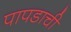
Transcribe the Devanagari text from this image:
पापडाची